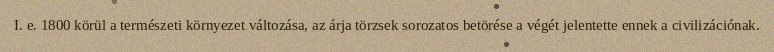
I. e. 1800 körül a természeti környezet változása, az árja törzsek sorozatos betörése a végét jelentette ennek a civilizációnak.